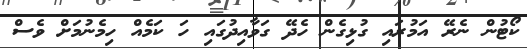
ކޯޓުން ނެރޭ އަމުރައި ގުޅިގެން ހެދޭ ގަވާއިދުގައި ހަ ކަމެއް ހިމެނުމަށް ވެސް